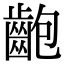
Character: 齙